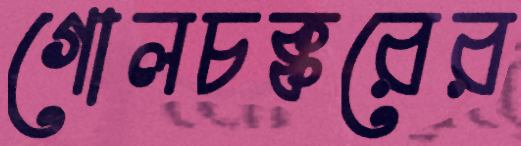
গোলচক্করের